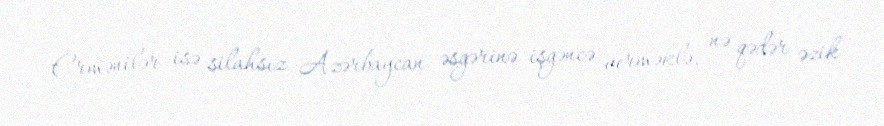
Ermənilər isə silahsız Azərbaycan əsgərinə işgəncə verməklə, nə qədər əzik